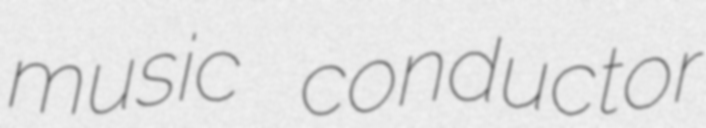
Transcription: music conductor